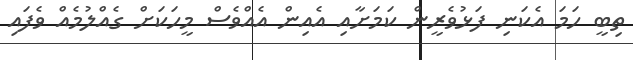
ތިބީ ހަމަ އެކަނި ފަޅުވެރީން ކަމަށާއި އެއިން އެއްވެސް މީހަކަށް ގެއްލުމެއް ވެފައި